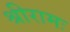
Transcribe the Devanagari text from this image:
श्रीरामः